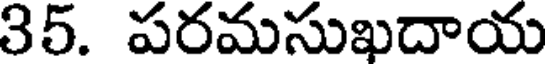
35. పరమసుఖదాయ